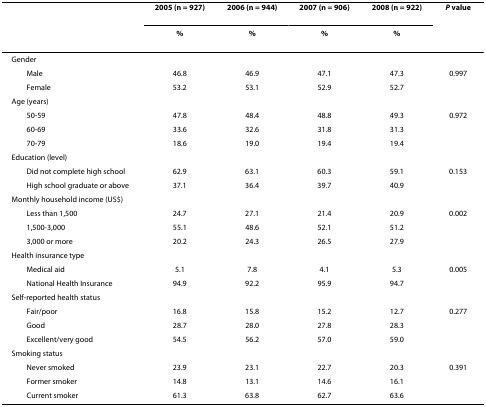
<table><thead><tr><td></td><td><b>2005 (n = 927)</b></td><td><b>2006 (n = 944)</b></td><td><b>2007 (n = 906)</b></td><td><b>2008 (n = 922)</b></td><td><b><i>P </i>value</b></td></tr><tr><td></td><td><b>%</b></td><td><b>%</b></td><td><b>%</b></td><td><b>%</b></td><td></td></tr></thead><tbody><tr><td>Gender</td><td></td><td></td><td></td><td></td><td></td></tr><tr><td> Male</td><td>46.8</td><td>46.9</td><td>47.1</td><td>47.3</td><td>0.997</td></tr><tr><td> Female</td><td>53.2</td><td>53.1</td><td>52.9</td><td>52.7</td><td></td></tr><tr><td>Age (years)</td><td></td><td></td><td></td><td></td><td></td></tr><tr><td> 50-59</td><td>47.8</td><td>48.4</td><td>48.8</td><td>49.3</td><td>0.972</td></tr><tr><td> 60-69</td><td>33.6</td><td>32.6</td><td>31.8</td><td>31.3</td><td></td></tr><tr><td> 70-79</td><td>18.6</td><td>19.0</td><td>19.4</td><td>19.4</td><td></td></tr><tr><td>Education (level)</td><td></td><td></td><td></td><td></td><td></td></tr><tr><td> Did not complete high school</td><td>62.9</td><td>63.1</td><td>60.3</td><td>59.1</td><td>0.153</td></tr><tr><td> High school graduate or above</td><td>37.1</td><td>36.4</td><td>39.7</td><td>40.9</td><td></td></tr><tr><td>Monthly household income (US$)</td><td></td><td></td><td></td><td></td><td></td></tr><tr><td> Less than 1,500</td><td>24.7</td><td>27.1</td><td>21.4</td><td>20.9</td><td>0.002</td></tr><tr><td> 1,500-3,000</td><td>55.1</td><td>48.6</td><td>52.1</td><td>51.2</td><td></td></tr><tr><td> 3,000 or more</td><td>20.2</td><td>24.3</td><td>26.5</td><td>27.9</td><td></td></tr><tr><td>Health insurance type</td><td></td><td></td><td></td><td></td><td></td></tr><tr><td> Medical aid</td><td>5.1</td><td>7.8</td><td>4.1</td><td>5.3</td><td>0.005</td></tr><tr><td> National Health Insurance</td><td>94.9</td><td>92.2</td><td>95.9</td><td>94.7</td><td></td></tr><tr><td>Self-reported health status</td><td></td><td></td><td></td><td></td><td></td></tr><tr><td> Fair/poor</td><td>16.8</td><td>15.8</td><td>15.2</td><td>12.7</td><td>0.277</td></tr><tr><td> Good</td><td>28.7</td><td>28.0</td><td>27.8</td><td>28.3</td><td></td></tr><tr><td> Excellent/very good</td><td>54.5</td><td>56.2</td><td>57.0</td><td>59.0</td><td></td></tr><tr><td>Smoking status</td><td></td><td></td><td></td><td></td><td></td></tr><tr><td> Never smoked</td><td>23.9</td><td>23.1</td><td>22.7</td><td>20.3</td><td>0.391</td></tr><tr><td> Former smoker</td><td>14.8</td><td>13.1</td><td>14.6</td><td>16.1</td><td></td></tr><tr><td> Current smoker</td><td>61.3</td><td>63.8</td><td>62.7</td><td>63.6</td><td></td></tr></tbody></table>